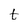
Character: t